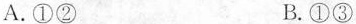
A.①② B.①③